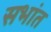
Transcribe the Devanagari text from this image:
सभांत